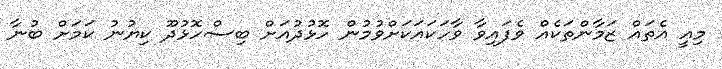
މިއީ އެތައް ޒަމާންތަކެއް ވެފައިވާ ވާހަކައަކަށްވުމުން ހޮޅުދުއަށް ބިސްހޮޅުދޫ ކިޔުނު ކަމަށް ބުނާ